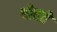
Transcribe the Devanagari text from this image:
पोहते